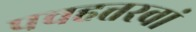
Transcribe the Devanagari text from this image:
पचहत्तरवां